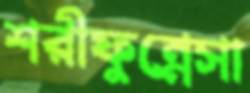
শরীফুন্নেসা